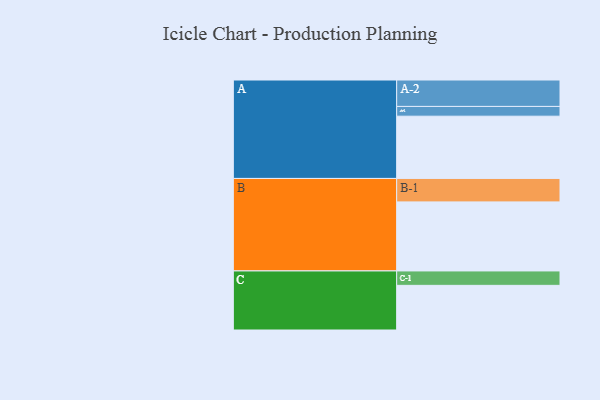
{"axis": {"x": "Segment", "y": "Value"}, "legend": ["", "A", "B", "C"], "data": [{"x": "A", "y": 523, "type": ""}, {"x": "B", "y": 580, "type": ""}, {"x": "C", "y": 375, "type": ""}, {"x": "A-1", "y": 82, "type": "A"}, {"x": "A-2", "y": 222, "type": "A"}, {"x": "B-1", "y": 197, "type": "B"}, {"x": "C-1", "y": 121, "type": "C"}]}